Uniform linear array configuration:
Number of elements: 16
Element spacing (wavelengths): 0.5
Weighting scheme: uniform
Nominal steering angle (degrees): -30
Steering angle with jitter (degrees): -30.088
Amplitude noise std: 0.05
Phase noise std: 0.05

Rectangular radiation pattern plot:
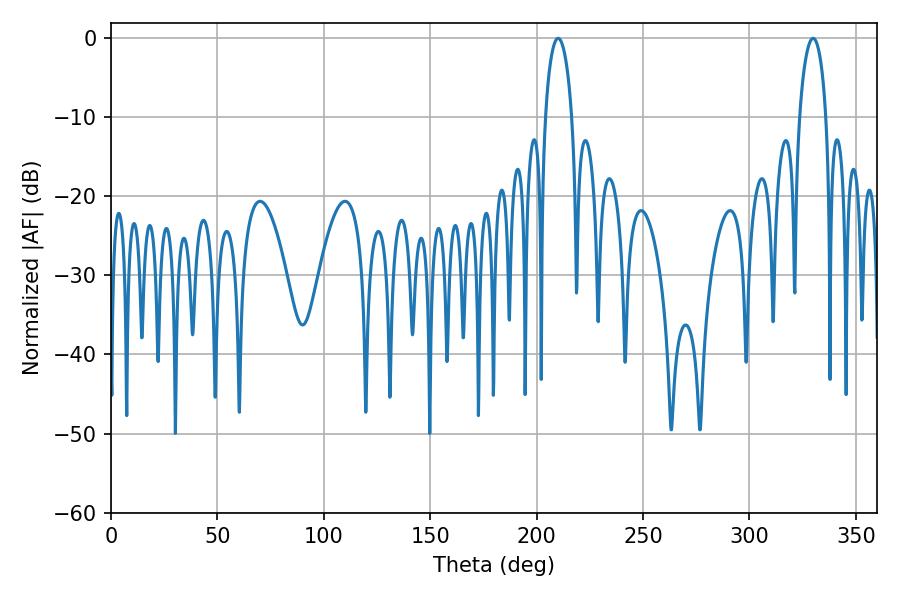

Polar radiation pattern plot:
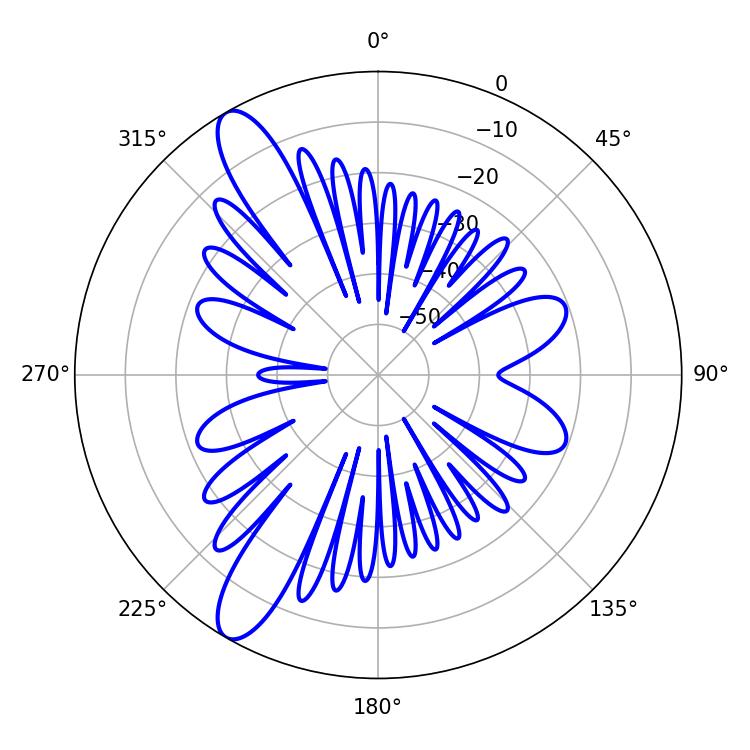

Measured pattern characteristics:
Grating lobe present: FALSE
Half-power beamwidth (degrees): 7.02
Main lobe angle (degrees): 210.06